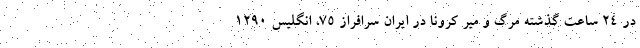
در ۲۴ ساعت گذشته مرگ و میر کرونا در ایران سرافراز ۷۵، انگلیس ۱۲۹۰